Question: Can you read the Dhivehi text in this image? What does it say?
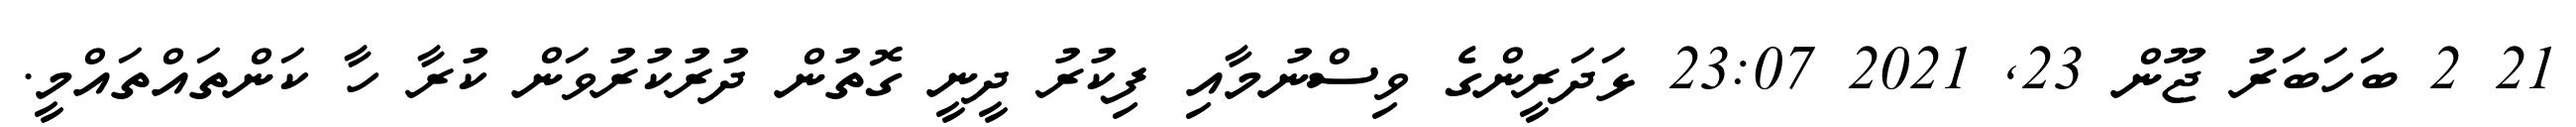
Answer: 21 2 ބަހަބަރު ޖޫން 23, 2021 23:07 ޅަދަރީންގެ ވިސްނުމާއި ފިކުރު ދީނީ ގޮތުން ދުރުކުރުވަން ކުރާ ހާ ކަންތައްތައްމީ.